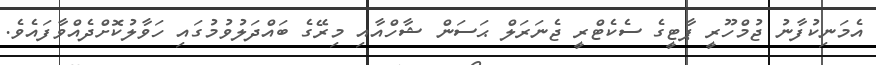
އެމަނިކުފާނު ޖުމްހޫރީ ޕާޓީގެ ސެކެޓްރީ ޖެނަރަލް ޙަސަން ޝާހްއާއި މިރޭގެ ބައްދަލުވުމުގައި ހަވާލުކޮށްދެއްވާފައެވެ.